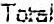
TOTAL